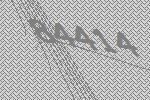
84414